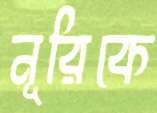
নূরিকে